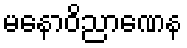
မနောဝိညာဏေန